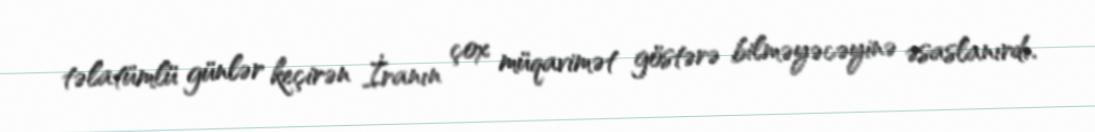
təlatümlü günlər keçirən İranın çox müqavimət göstərə bilməyəcəyinə əsaslanırdı.